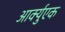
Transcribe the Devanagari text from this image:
आर्क्युएक